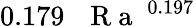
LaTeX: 0.179\, \mathrm{~\textit~{~R~a~}~}^{0.197}